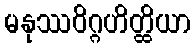
မနုဿဝိဂ္ဂဟိတ္ထိယာ